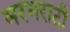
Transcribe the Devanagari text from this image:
भरभराटी